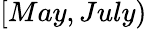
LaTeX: [May,July)